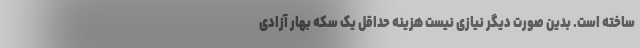
ساخته است. بدین صورت دیگر نیازی نیست هزینه حداقل یک سکه بهار آزادی